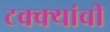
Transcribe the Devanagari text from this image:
टक्क्यांची